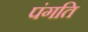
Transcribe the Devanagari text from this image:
पंगति